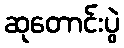
ဆုတောင်းပွဲ